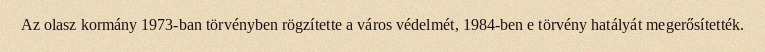
Az olasz kormány 1973-ban törvényben rögzítette a város védelmét, 1984-ben e törvény hatályát megerősítették.